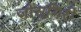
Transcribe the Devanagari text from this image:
जोसगिरी